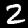
Label: 2